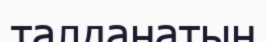
талданатын